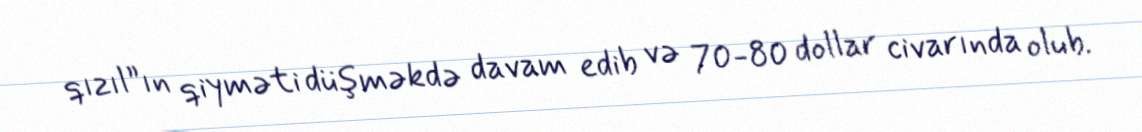
qızıl”ın qiyməti düşməkdə davam edib və 70-80 dollar civarında olub.